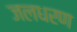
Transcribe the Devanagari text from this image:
जलधरण